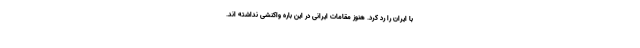
با ایران را رد کرد. هنوز مقامات ایرانی در این باره واکنشی نداشته اند.